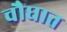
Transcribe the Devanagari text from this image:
चौघात